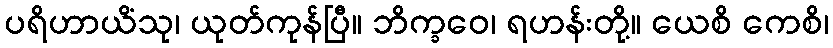
ပရိဟာယိံသု၊ ယုတ်ကုန်ပြီ။ ဘိက္ခဝေ၊ ရဟန်းတို့။ ယေစိ ကေစိ၊